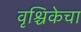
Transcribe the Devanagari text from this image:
वृश्चिकेचा